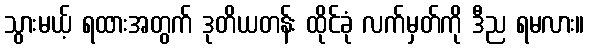
သွားမယ့် ရထားအတွက် ဒုတိယတန်း ထိုင်ခုံ လက်မှတ်ကို ဒီည ရမလား။